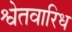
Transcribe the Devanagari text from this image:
श्वेतवारिध